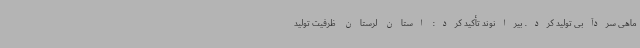
ماهی سردآبی تولید کرد. بیرانوند تأکید کرد: استان لرستان ظرفیت تولید